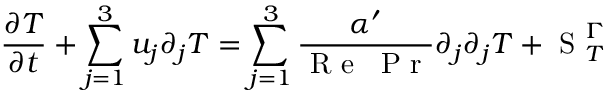
\frac { \partial T } { \partial t } + \sum _ { j = 1 } ^ { 3 } u _ { j } \partial _ { j } T = \sum _ { j = 1 } ^ { 3 } \frac { \alpha ^ { \prime } } { \mathrm { ~ R ~ e ~ } \: \mathrm { ~ P ~ r ~ } } \partial _ { j } \partial _ { j } T + \mathrm { ~ S ~ } _ { T } ^ { \Gamma }